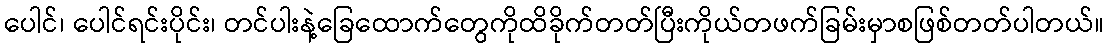
ပေါင်၊ ပေါင်ရင်းပိုင်း၊ တင်ပါးနဲ့ခြေထောက်တွေကိုထိခိုက်တတ်ပြီးကိုယ်တဖက်ခြမ်းမှာစဖြစ်တတ်ပါတယ်။